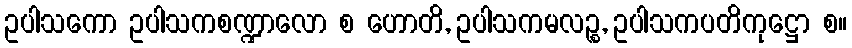
ဥပါသကော ဥပါသကစဏ္ဍာလော စ ဟောတိ, ဥပါသကမလဉ္စ, ဥပါသကပတိကုဋ္ဌော စ။